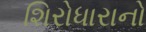
શિરોધારાનો